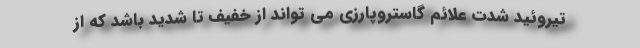
تیروئید شدت علائم گاستروپارزی می تواند از خفیف تا شدید باشد که از